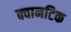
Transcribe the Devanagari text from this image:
क्वानटिक